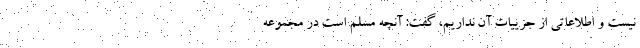
نیست و اطلاعاتی از جزییات آن نداریم، گفت: آنچه مسلم است در مجموعه